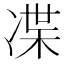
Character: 𠗨